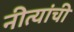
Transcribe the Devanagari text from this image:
नीत्यांची